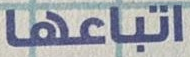
اتباعها